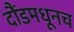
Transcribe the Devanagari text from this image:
दौंडमधूनच